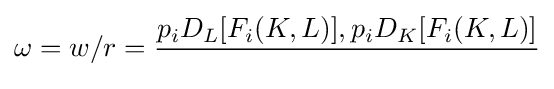
\omega =w/r={\frac {p_{i}D_{L}[F_{i}(K,L)],p_{i}D_{K}[F_{i}(K,L)]}{\,}}